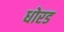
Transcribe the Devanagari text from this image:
धोरड